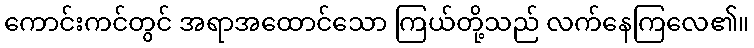
ကောင်းကင်တွင် အရာအထောင်သော ကြယ်တို့သည် လက်နေကြလေ၏။